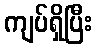
ကျပ်ရှိပြီး